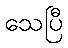
သေပြီ